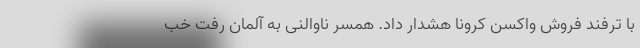
با ترفند فروش واکسن کرونا هشدار داد. همسر ناوالنی به آلمان رفت خب